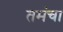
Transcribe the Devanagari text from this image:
तमंचा